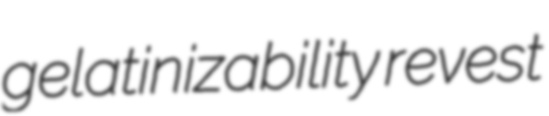
gelatinizability revest